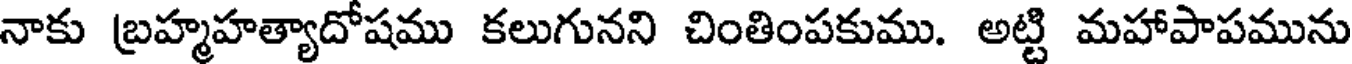
నాకు బ్రహ్మహత్యాదోషము కలుగునని చింతింపకుము. అట్టి మహాపాపమును